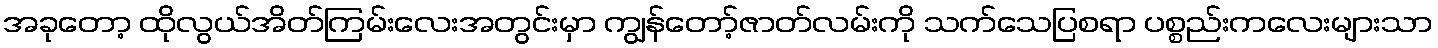
အခုတော့ ထိုလွယ်အိတ်ကြမ်းလေးအတွင်းမှာ ကျွန်တော့်ဇာတ်လမ်းကို သက်သေပြစရာ ပစ္စည်းကလေးများသာ